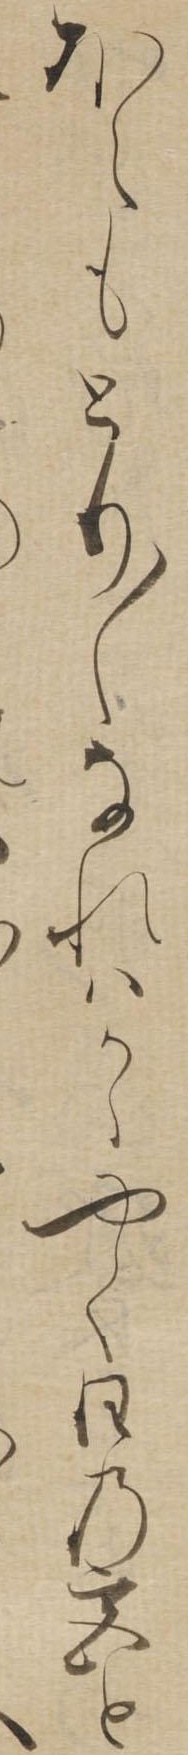
ほえもとり〱なれはかゝやく日の宮と